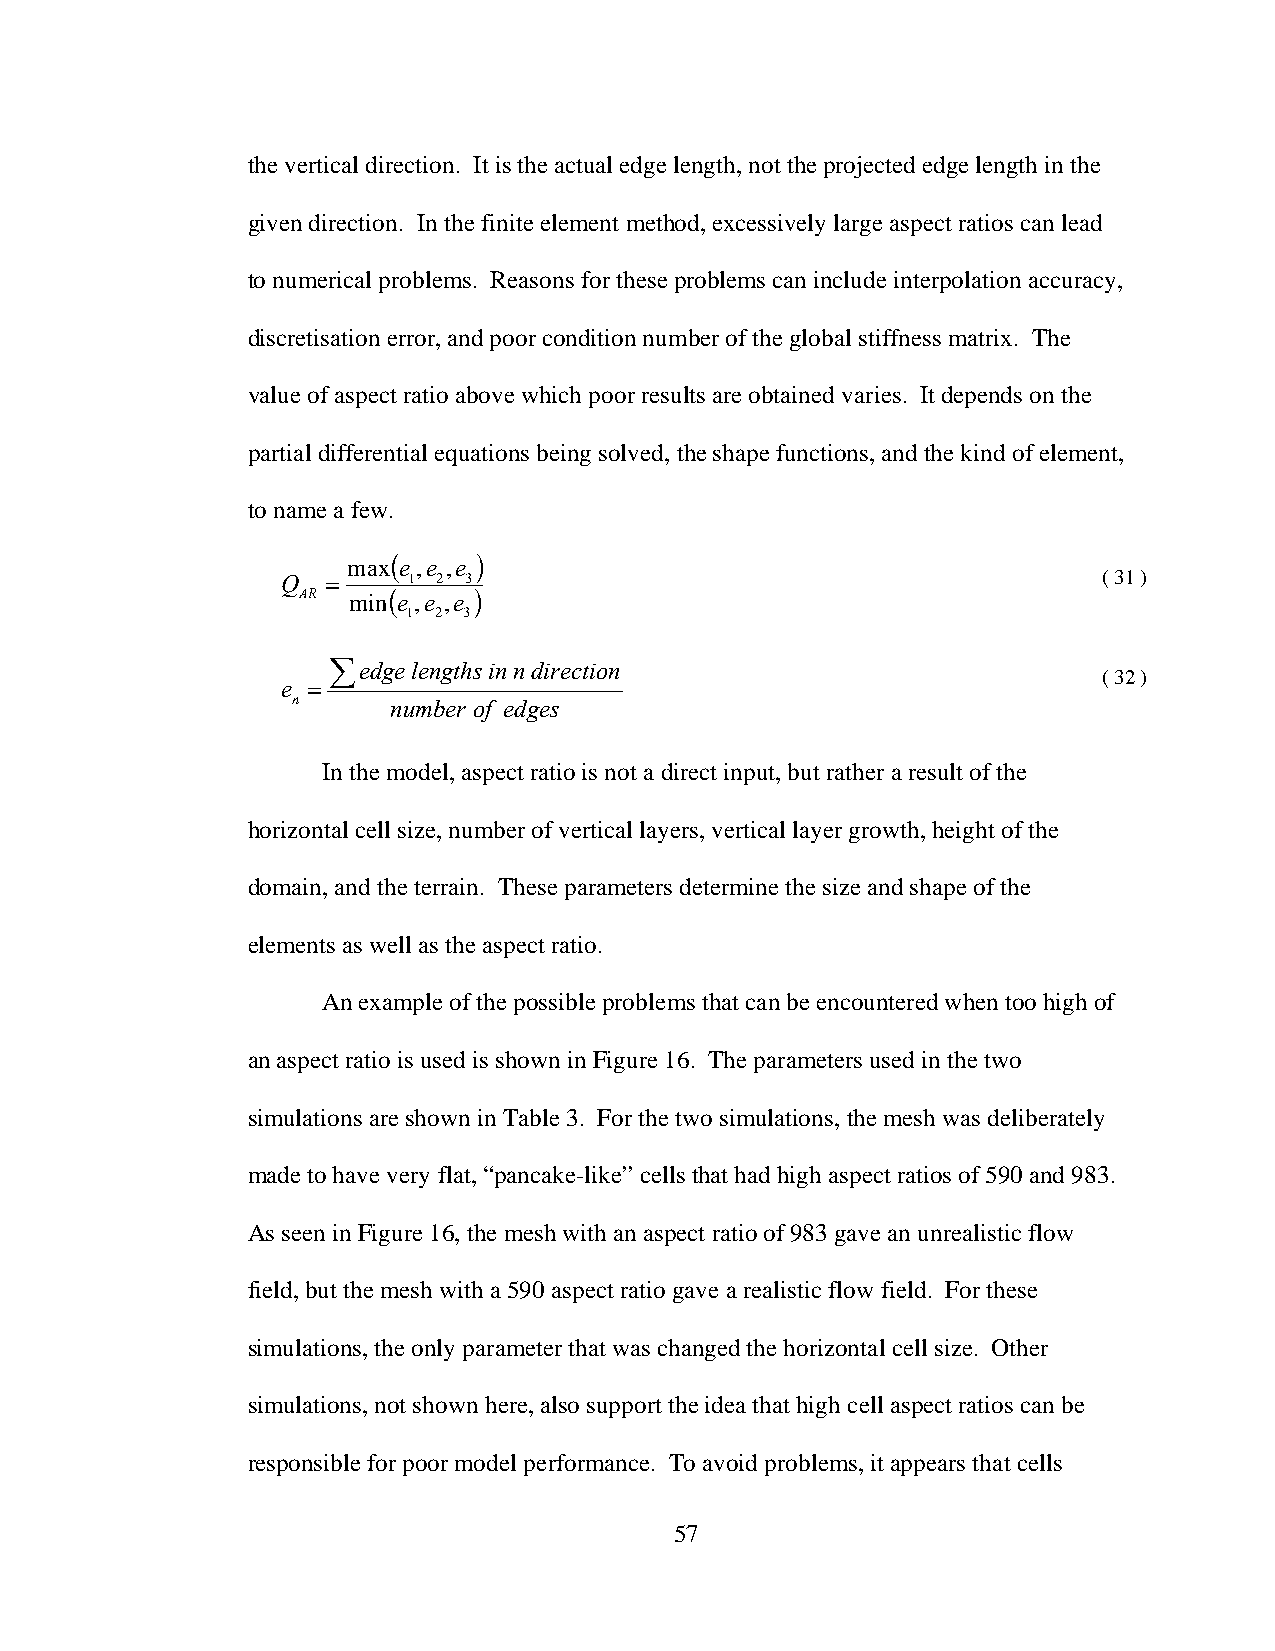
the vertical direction. It is the actual edge length, not the projected edge length in the
 given direction. In the finite element method, excessively large aspect ratios can lead
 to numerical problems. Reasons for these problems can include interpolation accuracy,
 discretisation error, and poor condition number of the global stiffness matrix. The
 value of aspect ratio above which poor results are obtained varies. It depends on the
 partial differential equations being solved, the shape functions, and the kind of element,
 to name a few.
 max(
 e ,e ,e
 )
 Q  =    1 2 3                                         ( 31 )
 AR min( e ,e ,e )
 1 2 3
 ∑edgelengthsinndirection
 ( 32 )
 e =
 n      number of edges
 In the model, aspect ratio is not a direct input, but rather a result of the
 horizontal cell size, number of vertical layers, vertical layer growth, height of the
 domain, and the terrain. These parameters determine the size and shape of the
 elements as well as the aspect ratio.
 An example of the possible problems that can be encountered when too high of
 an aspect ratio is used is shown in Figure 16. The parameters used in the two
 simulations are shown in Table 3. For the two simulations, the mesh was deliberately
 made to have very flat, “pancake-like” cells that had high aspect ratios of 590 and 983.
 As seen in Figure 16, the mesh with an aspect ratio of 983 gave an unrealistic flow
 field, but the mesh with a 590 aspect ratio gave a realistic flow field. For these
 simulations, the only parameter that was changed the horizontal cell size. Other
 simulations, not shown here, also support the idea that high cell aspect ratios can be
 responsible for poor model performance. To avoid problems, it appears that cells
 57